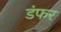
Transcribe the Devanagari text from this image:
डंफर